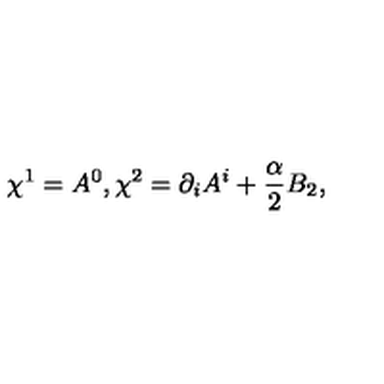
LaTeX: \chi ^ { 1 } = A ^ { 0 } , \chi ^ { 2 } = \partial _ { i } A ^ { i } + \frac { \textstyle \alpha } { \textstyle 2 } B _ { 2 } ,